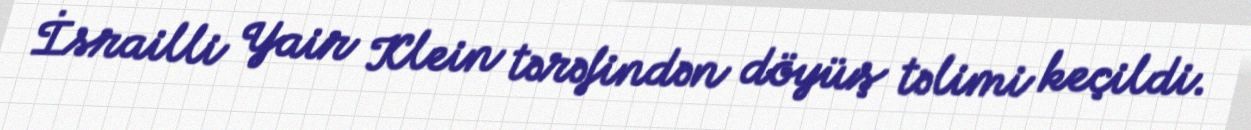
İsrailli Yair Klein tərəfindən döyüş təlimi keçildi.